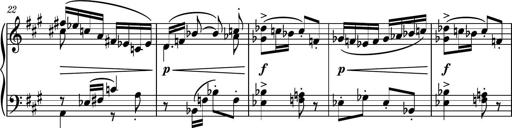
Title: Piano Sonatina No.6
Composer: Dimitri Sykias
Key: A major